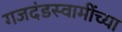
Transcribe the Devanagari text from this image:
गजदंडस्वामींच्या